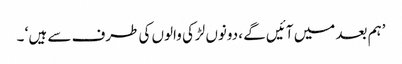
’ہم بعد میں آئیں گے ، دونوں لڑکی والوں کی طرف سے ہیں ‘ ۔